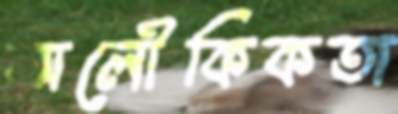
অলৌকিকতা